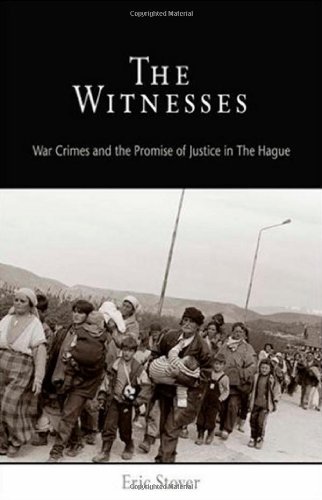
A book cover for The Witnesses: War Crimes and the Promise of Justice in The Hague (Pennsylvania Studies in Human Rights); Eric Stover; Law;